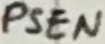
Text: PSEN